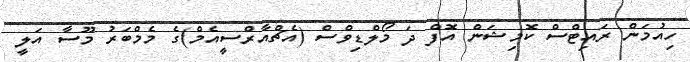
ހިއުމަން ރައިޓްސް ކޮމިޝަން އޮފް ދަ މޯލްޑިވްސް (އެޗްއާރްސީއެމް)ގެ މެމްބަރު މޫސާ އަލީ